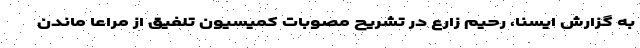
به گزارش ایسنا، رحیم زارع در تشریح مصوبات کمیسیون تلفیق از مراعا ماندن